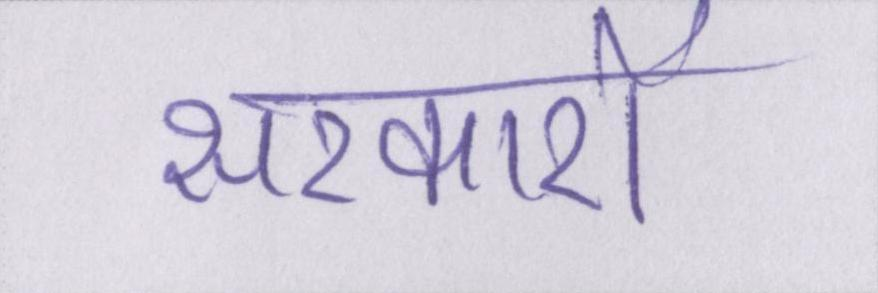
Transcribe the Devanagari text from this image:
सरकारों